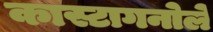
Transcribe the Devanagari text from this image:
कास्टागनोले